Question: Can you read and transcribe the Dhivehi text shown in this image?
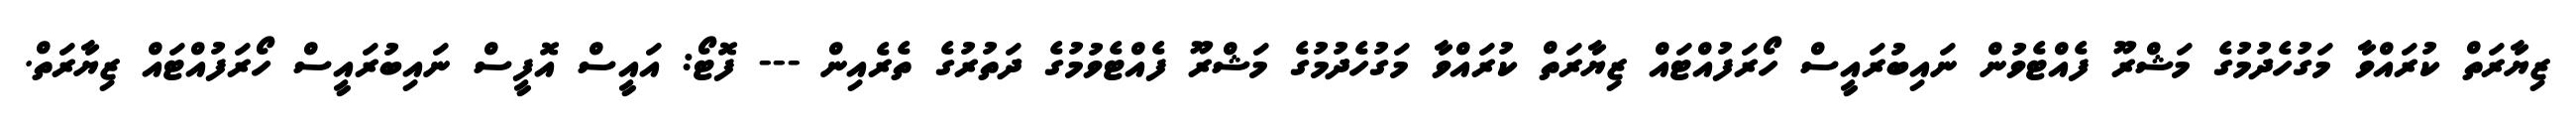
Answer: ޒިޔާރަތް ކުރައްވާ މަގުހެދުމުގެ މަޝްރޫ ފެއްޓެވުން ނައިބުރައީސް ހޯރަފުއްޓައް ޒިޔާރަތް ކުރައްވާ މަގުހެދުމުގެ މަޝްރޫ ފެއްޓެވުމުގެ ދަތުރުގެ ތެރެއިން --- ފޮޓޯ: އައީސް އޮފީސް ނައިބުރައީސް ހޯރަފުއްޓައް ޒިޔާރަތް.